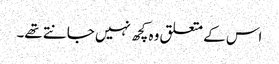
اس کے متعلق وہ کچھ نہیں جانتے تھے۔